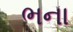
ભના